Annual report on the mental hospital in the Central Provinces and Berar (Nagpur) - 1927-1951
Year: 1927
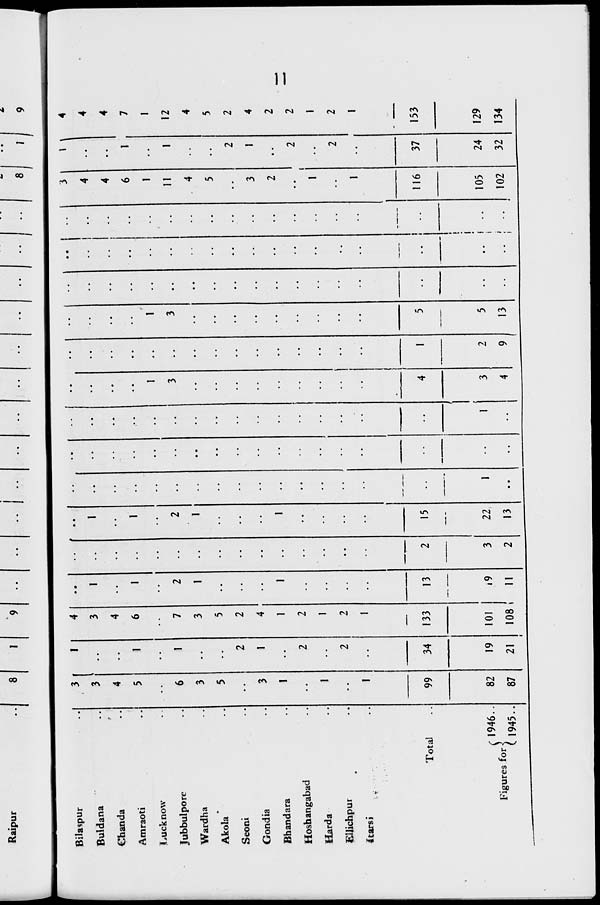
Raipur
8
1
9
••
••
!
••
••
••
• •
8
I
9
3 \
M A
Bila?pur
3
!
4
i
4
4
Buldana
3
3
1
1
* *
• •
4
4
Chanda
4
4
• •
"
••
6
1
7
5
1
6
1
1
..
• •
Amraoti
i
1
JLucknow
jubbulpore
6
1
7
2
••
2
•■
••
1
3
••
1
3
••
1
11
4
1
12
4
Wardha
3
3
1
I
• •
• •
"
5
5
Akola
5
5
• •
• •
"
2
2
Seoni
2
2
• •
3
1
4
Gondia
3
1
4
• •
"
2
2
Bhandara
1
1
t
1
• •
2
2
Hoshangabad
• •
2
2
••
• •
i
1
1
Harda
1
1
• *
2
2
Ellichpur
••
2
2
• •
1
1
itarsi
1
• •
1
• •
■
—
—,—
4
I
5
1
116
37
153
Total
99
34
133
13
2
15
i
i
-
i
j
i
r 1946..
82
19
101
• 9
3
22
1
1
3
2
5
• •
105
24
129
Figures for \
(1945..
87
21
108
■
11
2
13
••
4
9
13
••
i
i
102
32
134